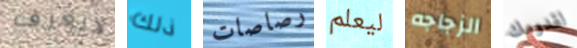
لايعرف ذلك رصاصات ليعلم الزجاجه لقدومك